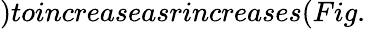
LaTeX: )toincreaseasrincreases(Fig.